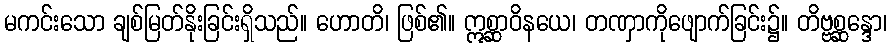
မကင်းသော ချစ်မြတ်နိုးခြင်းရှိသည်။ ဟောတိ၊ ဖြစ်၏။ ဣစ္ဆာဝိနယေ၊ တဏှာကိုဖျောက်ခြင်း၌။ တိဗ္ဗစ္ဆန္ဒော၊